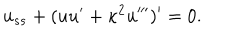
LaTeX: u _ { s s } + ( u u ^ { \prime } + \kappa ^ { 2 } u ^ { \prime \prime \prime } ) ^ { \prime } = 0 .